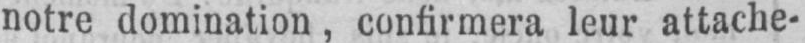
notre domination, confirmera leur attache-